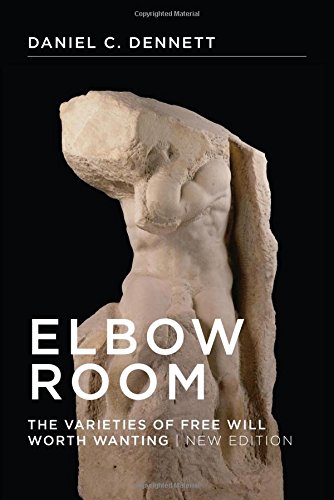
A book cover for Elbow Room: The Varieties of Free Will Worth Wanting; Daniel C. Dennett; Politics & Social Sciences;